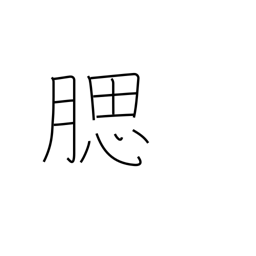
Meaning: jaw